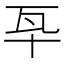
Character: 𤬧